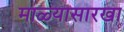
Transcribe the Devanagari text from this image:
माळ्यासारखा